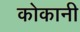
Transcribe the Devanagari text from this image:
कोकानी